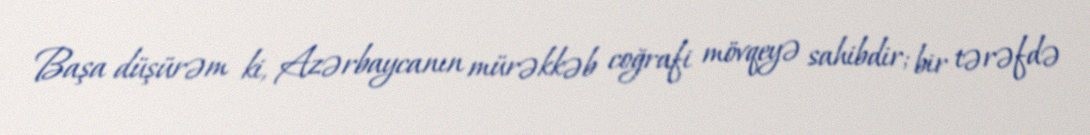
Başa düşürəm ki, Azərbaycanın mürəkkəb coğrafi mövqeyə sahibdir; bir tərəfdə